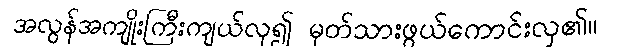
အလွန်အကျိုးကြီးကျယ်လှ၍ မှတ်သားဖွယ်ကောင်းလှ၏။